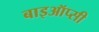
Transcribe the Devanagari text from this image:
बाइऑप्सी